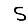
Digit: 5